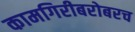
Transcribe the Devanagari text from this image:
कामगिरीबरोबरच